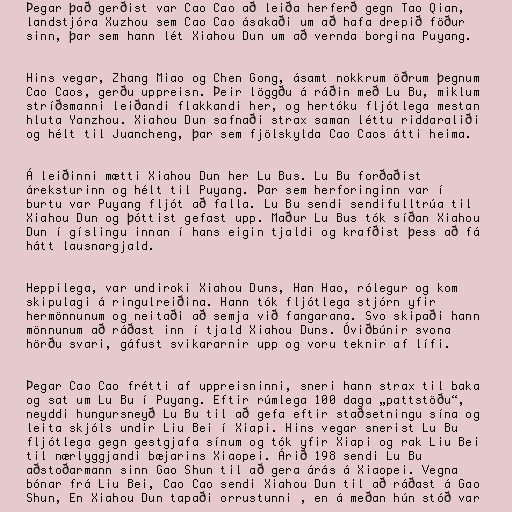
Þegar það gerðist var Cao Cao að leiða herferð gegn Tao Qian,
landstjóra Xuzhou sem Cao Cao ásakaði um að hafa drepið föður
sinn, þar sem hann lét Xiahou Dun um að vernda borgina Puyang.

Hins vegar, Zhang Miao og Chen Gong, ásamt nokkrum öðrum þegnum
Cao Caos, gerðu uppreisn. Þeir löggðu á ráðin með Lu Bu, miklum
stríðsmanni leiðandi flakkandi her, og hertóku fljótlega mestan
hluta Yanzhou. Xiahou Dun safnaði strax saman léttu riddaraliði
og hélt til Juancheng, þar sem fjölskylda Cao Caos átti heima.

Á leiðinni mætti Xiahou Dun her Lu Bus. Lu Bu forðaðist
áreksturinn og hélt til Puyang. Þar sem herforinginn var í
burtu var Puyang fljót að falla. Lu Bu sendi sendifulltrúa til
Xiahou Dun og þóttist gefast upp. Maður Lu Bus tók síðan Xiahou
Dun í gíslingu innan í hans eigin tjaldi og krafðist þess að fá
hátt lausnargjald.

Heppilega, var undiroki Xiahou Duns, Han Hao, rólegur og kom
skipulagi á ringulreiðina. Hann tók fljótlega stjórn yfir
hermönnunum og neitaði að semja við fangarana. Svo skipaði hann
mönnunum að ráðast inn í tjald Xiahou Duns. Óviðbúnir svona
hörðu svari, gáfust svikararnir upp og voru teknir af lífi.

Þegar Cao Cao frétti af uppreisninni, sneri hann strax til baka
og sat um Lu Bu í Puyang. Eftir rúmlega 100 daga „pattstöðu“,
neyddi hungursneyð Lu Bu til að gefa eftir staðsetningu sína og
leita skjóls undir Liu Bei í Xiapi. Hins vegar snerist Lu Bu
fljótlega gegn gestgjafa sínum og tók yfir Xiapi og rak Liu Bei
til nærlyggjandi bæjarins Xiaopei. Árið 198 sendi Lu Bu
aðstoðarmann sinn Gao Shun til að gera árás á Xiaopei. Vegna
bónar frá Liu Bei, Cao Cao sendi Xiahou Dun til að ráðast á Gao
Shun, En Xiahou Dun tapaði orrustunni , en á meðan hún stóð var